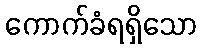
ကောက်ခံရရှိသော